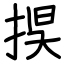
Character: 捑